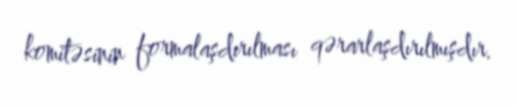
komitəsinin formalaşdırılması qərarlaşdırılmışdır.